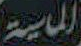
الماسية